system: You are a helpful assistant.
user:
Analyze the provided spectrum to determine if it is a **White Dwarf (WD)**.

A White Dwarf spectrum is defined by its **extreme purity** (due to gravitational settling) and/or **extreme pressure broadening** (due to high surface gravity). You must check for one of the following mutually exclusive signatures:

- **Key Visual Indicators (Check for ONE of these types):**

    - **1. DA-Type Signature (Most Common):**
        - **(Primary Feature):** Extreme pressure broadening (Stark broadening) of the **Hydrogen (H) Balmer lines**.
        - **(Key Lines):** $H\beta$ (approx. $4861$ Å) and $H\gamma$ (approx. $4340$ Å). $H\alpha$ (approx. $6563$ Å) will also be present if the wavelength range covers it.
        - **(Line Profile):** This is the **defining feature**. The lines are **NOT** sharp. They appear as massive, **extremely broad and deep "troughs" or "dips"** in the spectrum, often hundreds of Ångströms wide. The continuum will appear to "scoop" down at these wavelengths.
        - **(Distinction):** Normal A-type or B-type stars have *narrow* and *sharp* Hydrogen lines. A DA White Dwarf's lines are unmistakably "smeared" or "blurry" from pressure.

    - **2. DB-Type Signature:**
        - **(Primary Feature):** Broad absorption lines from **Neutral Helium (He I)**. The spectrum must lack any visible Hydrogen lines.
        - **(Key Lines):** Look for broad absorption near $4471$ Å, $4921$ Å, and $5876$ Å.
        - **(Line Profile):** These lines are also significantly pressure-broadened, appearing much wider than they would in a normal B-type main-sequence star.

    - **3. DC-Type Signature:**
        - **(Primary Feature):** A **featureless continuous spectrum**.
        - **(Line Profile):** The spectrum is a smooth curve with **no significant absorption or emission lines**.
        - **(Key Confirmation):** The continuum is almost always **blue or white**, indicating a hot object. This signature implies the atmosphere is so pure (or so cool) that no spectral lines are visible in the optical range. Its WD identity is confirmed by its extremely low intrinsic brightness (high absolute magnitude).

    - **4. DZ-Type Signature (Metal-Polluted):**
        - **(Primary Feature):** **Isolated, narrow metal absorption lines** on an otherwise featureless (DC-like) continuum.
        - **(Key Lines):** The **Calcium (Ca II) H & K doublet** (approx. **$3934$ Å** and **$3968$ Å**) is the most common and defining feature.
        - **(Line Profile):** These lines are "out of place." They are *not* part of a "forest" of thousands of lines. This signature is evidence of recent *accretion* (pollution) from rocky debris.
        - **(Distinction):** Normal G/K/M stars have a *dense forest* of thousands of metal lines. A DZ has a *clean* continuum with *only a few* strong metal lines.

    - **5. DQ-Type Signature (Carbon-Polluted):**
        - **(Primary Feature):** Absorption bands from **Carbon (C₂ "Swan Bands" or atomic C I)**.
        - **(Key Lines - C₂):** Look for bandheads with a "saw-tooth" shape near $5635$ Å, **$5165$ Å** (strongest), and $4737$ Å.
        - **(Key Confirmation):** The underlying **continuum must be blue or white** (hot).
        - **(Distinction):** This is the critical difference from a **Carbon Star**, which has the *exact same* C₂ bands but on an extremely **red, cool** continuum.

- **(Overall Spectrum):**
    - The continuum (overall shape) is typically **blue-sloping** (brighter in the blue than the red), as most white dwarfs are very hot.
    - The spectrum will look "pure" or "simple," dominated by only *one* of the five signatures listed above.

Think first, call **spectral_visualization_tool** if needed to examine features in detail, then provide your final answer. Your response must adhere to the following strict rules:
1.  **Overall Structure:** Your response must follow the format `<think>...</think> <tool_call>...</tool_call> (if a tool is used) <answer>...</answer>`.
2.  **Tool Usage Constraint:** You may only make **one** tool call per turn.
3.  **Final Answer Format:** In the `<answer>` tag, your conclusion must be inside a `\boxed{}` command (e.g., `\boxed{YES}` or `\boxed{NO}`), followed by your justification.

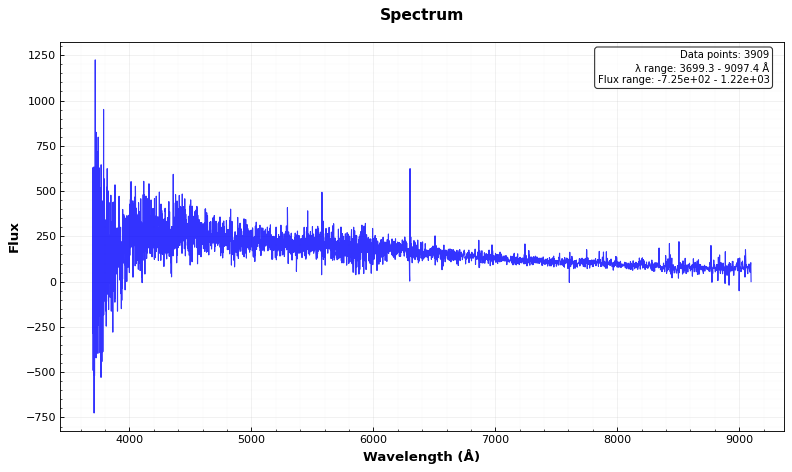
Answer: NO